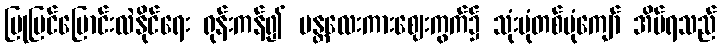
ပြုပြင်ပြောင်းလဲနိုင်ရေး ရုန်းကန်၍ မန္တလေးကားဈေးကွက်၌ သုံးပုံတစ်ပုံကျော် အိပ်ရသည်